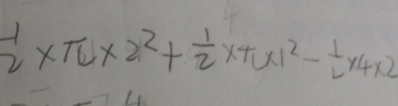
\frac { 1 } { 2 } \times \pi \times 2 ^ { 2 } \times \frac { 1 } { 2 } \times \pi \times 1 ^ { 2 } - \frac { 1 } { 2 } \times 4 \times 2